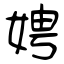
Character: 娉